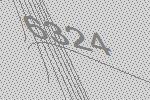
6324